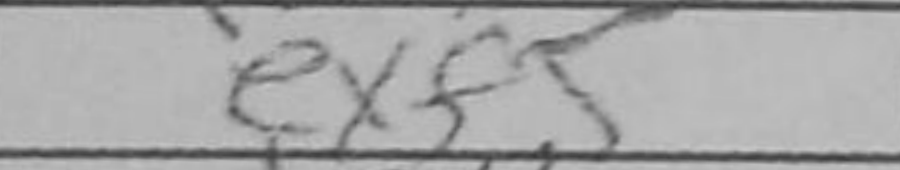
Transcription: exf5